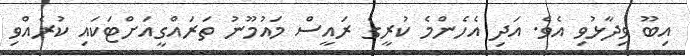
އިބޫ ވިދާޅުވި އެވެ. އަދި އެހެންމެ ކުރީގެ ރައީސް މައުމޫނު ތަރައްގީއަށްޓަކައި ކުރެއްވި